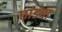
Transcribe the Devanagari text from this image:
छांड्या